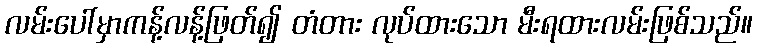
လမ်းပေါ်မှာကန့်လန့်ဖြတ်၍ တံတား လုပ်ထားသော မီးရထားလမ်းဖြစ်သည်။